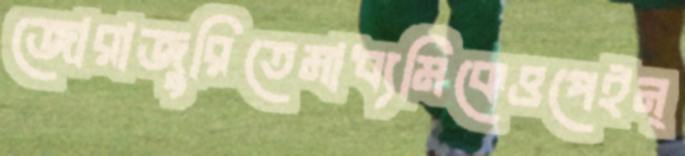
জোরাজুরিতেমাধ্যমিকেওপেইন্